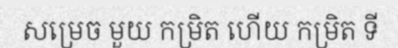
សម្រេច មួយ កម្រិត ហើយ កម្រិត ទី